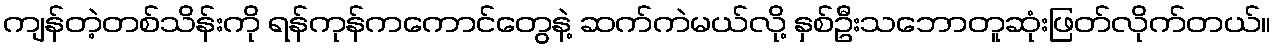
ကျန်တဲ့တစ်သိန်းကို ရန်ကုန်ကကောင်တွေနဲ့ ဆက်ကဲမယ်လို့ နှစ်ဦးသဘောတူဆုံးဖြတ်လိုက်တယ်။